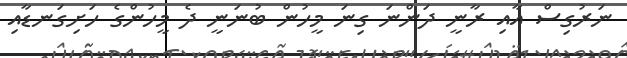
ނަރުގިސް އާއި ރާނީ ދަންނަ ގިނަ މީހުން ބުނަނީ ދެ މީހުންގެ ހަށިގަނޑާއި